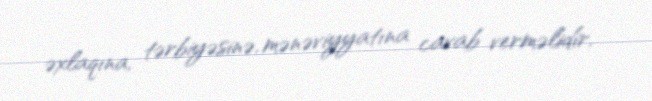
əxlaqına, tərbiyəsinə, mənəviyyatına cavab verməlidir.